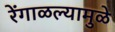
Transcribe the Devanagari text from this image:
रेंगाळल्यामुळे